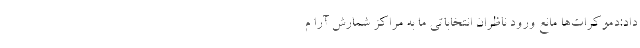
داد:دموکرات‌ها مانع ورود ناظران انتخاباتی ما به مراکز شمارش آرا م